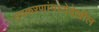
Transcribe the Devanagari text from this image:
उपकरणांमध्येदेखील